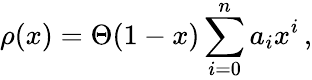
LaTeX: \rho(x)=\Theta(1-x)\sum_{i=0}^{n}a_{i}x^{i}\, ,